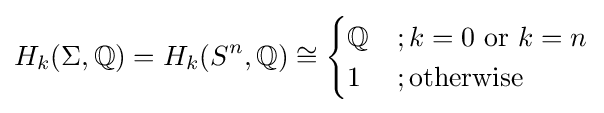
H_{k}(\Sigma ,\mathbb {Q} )=H_{k}(S^{n},\mathbb {Q} )\cong {\begin{cases}\mathbb {Q} &;k=0{\text{ or }}k=n\\1&;{\text{otherwise}}\end{cases}}